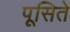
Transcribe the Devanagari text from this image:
पूसिते